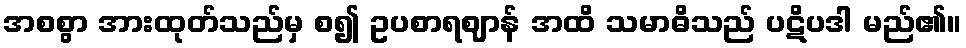
အစစွာ အားထုတ်သည်မှ စ၍ ဥပစာရဈာန် အထိ သမာဓိသည် ပဋိပဒါ မည်၏။